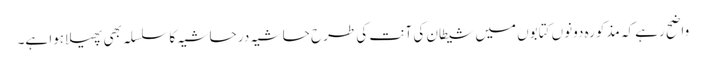
واضح رہے کہ مذکورہ دونوں کتابوں میں شیطان کی آنت کی طرح حاشیہ در حاشیہ کا سلسلہ بھی پھیلا ہوا ہے۔